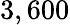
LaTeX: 3,600